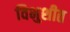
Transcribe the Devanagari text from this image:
विभुशीत